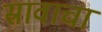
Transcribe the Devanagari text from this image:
स्रावाचा